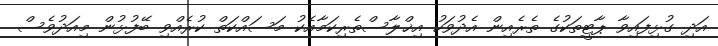
އަދި ގުޅިފައިވާ ޕާޓީތަކުގެ ތެރެއިން އެދުވަހު އިޚްލާސްތެރިކަމާއެކު މަސައްކަތް ކުރެއްވި ބޭފުޅުން މިއަދުވެސް